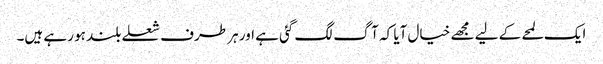
ایک لمحے کے لیے مجھے خیال آیا کہ آگ لگ گئی ہے اور ہر طرف شعلے بلند ہو رہے ہیں۔